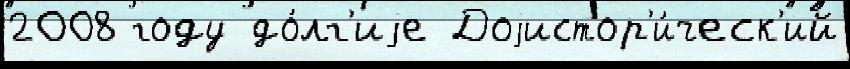
2008 году до́лг'иjе Доjистор'и́ческ'ий